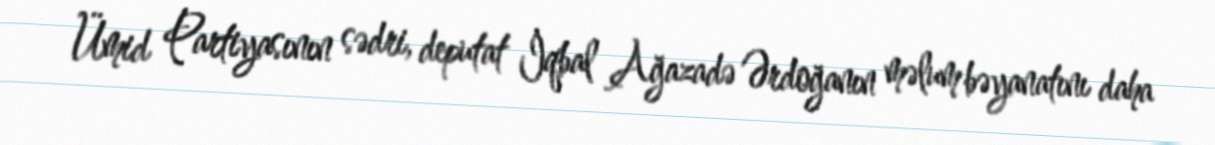
Ümid Partiyasının sədri, deputat İqbal Ağazadə Ərdoğanın məlum bəyanatını daha